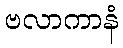
ဗလာကာနံ